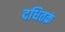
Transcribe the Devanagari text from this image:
दधितक्रं